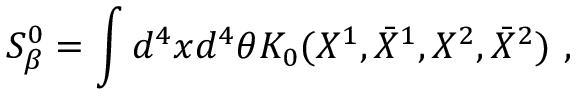
S _ { \beta } ^ { 0 } = \int d ^ { 4 } x d ^ { 4 } \theta K _ { 0 } ( X ^ { 1 } , \bar { X } ^ { 1 } , X ^ { 2 } , \bar { X } ^ { 2 } ) \ ,